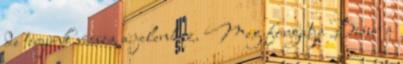
de térjünk vissza a jelenhez. Meg forgatja Bisur a